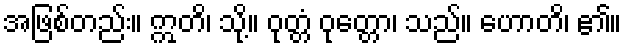
အဖြစ်တည်း။ ဣတိ၊ သို့။ ဝုတ္တံ ဝုတ္တော၊ သည်။ ဟောတိ၊ ၏။